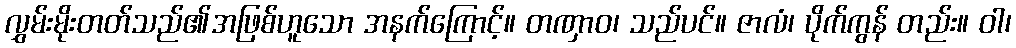
လွှမ်းမိုးတတ်သည်၏အဖြစ်ဟူသော အနက်ကြောင့်။ တဏှာဝ၊ သည်ပင်။ ဇာလံ၊ ပိုက်ကွန် တည်း။ ဝါ၊